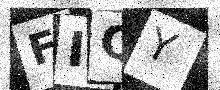
Text: FIQY